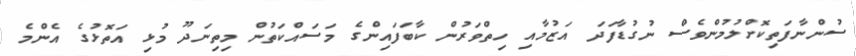
ސުންނާފަތިކޮށްލުމުންވެސް ނުގުޑާފަދަ އަޒުމާއި ހިތްވަރުން ކާބަފައިންގެ މަސައްކަތުން މިތިނަދޫ މުޅި އަތޮޅުގެ އެންމެ